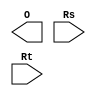
module OR_OP(
    output [15:0] O,
    input [15:0] Rs,
    input [15:0] Rt
    );
    
    or(O[0], RS[0], RT[0]);
    or(O[1], RS[1], RT[1]);
    or(O[2], RS[2], RT[2]);
    or(O[3], RS[3], RT[3]);
    or(O[4], RS[4], RT[4]);
    or(O[5], RS[5], RT[5]);
    or(O[6], RS[6], RT[6]);
    or(O[7], RS[7], RT[7]);
    or(O[8], RS[8], RT[8]);
    or(O[9], RS[9], RT[9]);
    or(O[10], RS[10], RT[10]);
    or(O[11], RS[11], RT[11]);
    or(O[12], RS[12], RT[12]);
    or(O[13], RS[13], RT[13]);
    or(O[14], RS[14], RT[14]);
    or(O[15], RS[15], RT[15]); 
    
endmodule